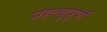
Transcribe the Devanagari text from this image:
महत्वुपूर्ण